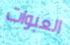
العبوات